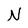
Character: N